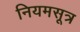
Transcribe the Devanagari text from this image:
नियमसूत्र